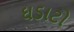
ઘડાટો